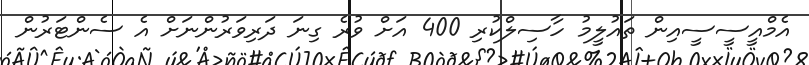
އެމްއީސީސީއިން ތައުލީމު ހާސިލްކުރި 400 އަށް ވުރެ ގިނަ ދަރިވަރުންނަށް އެ ސެންޓަރުން